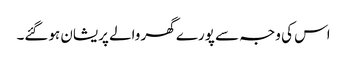
اس کی وجہ سے پورے گھر والے پریشان ہوگئے۔